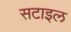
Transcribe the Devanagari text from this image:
सटाइल